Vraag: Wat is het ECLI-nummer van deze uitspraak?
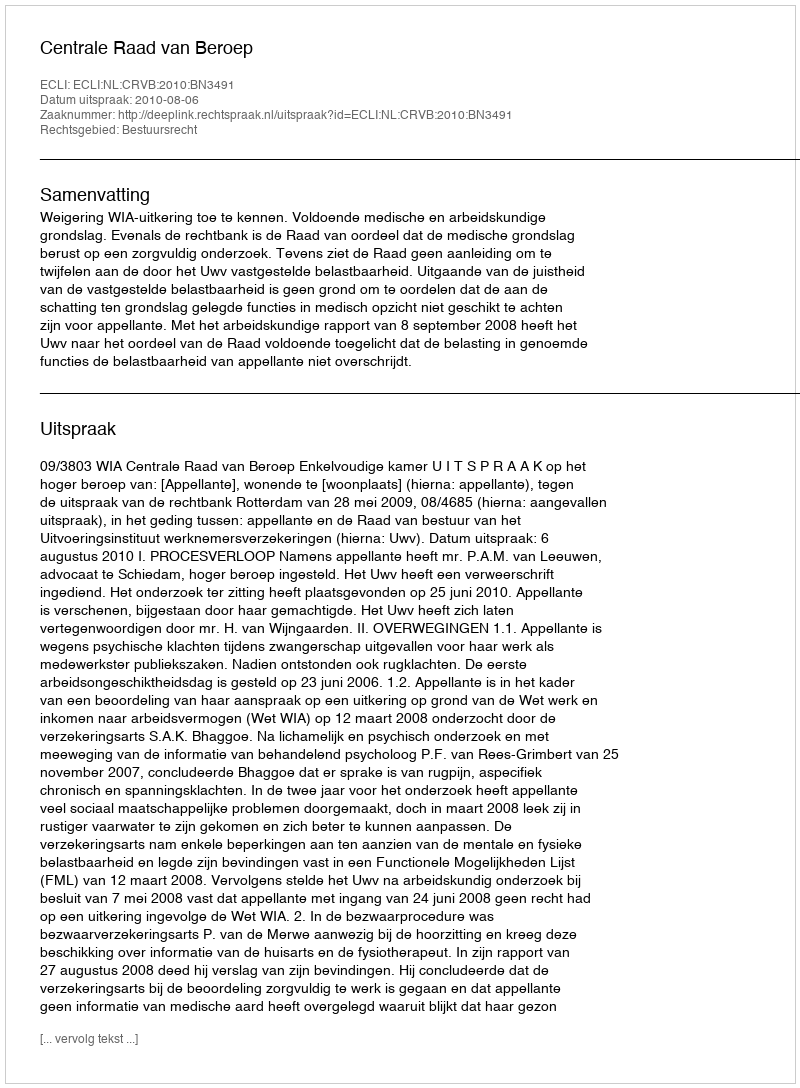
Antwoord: ECLI:NL:CRVB:2010:BN3491